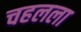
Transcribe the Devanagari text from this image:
चहलला